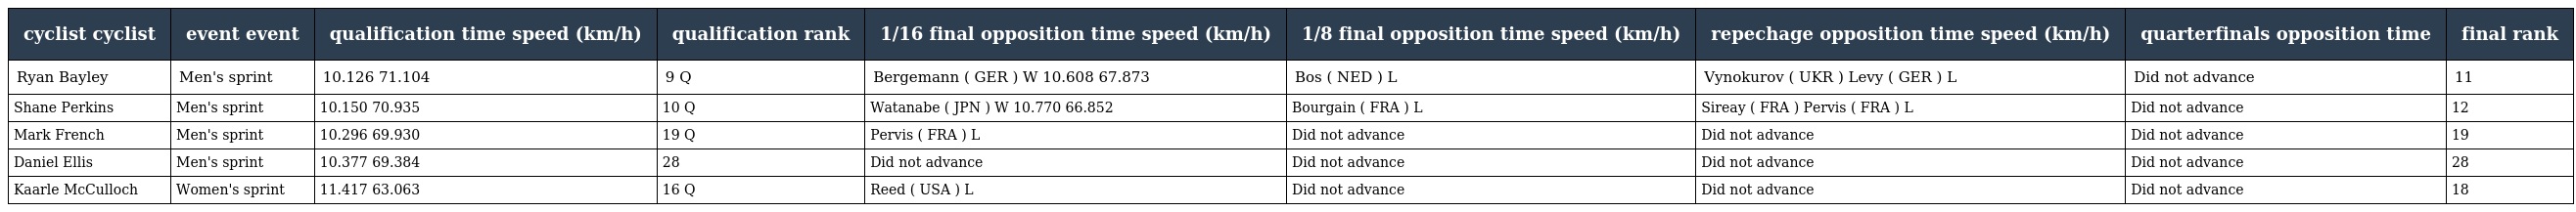
| cyclist cyclist | event event | qualification time speed (km/h) | qualification rank | 1/16 final opposition time speed (km/h) | 1/8 final opposition time speed (km/h) | repechage opposition time speed (km/h) | quarterfinals opposition time | final rank |
 | --- | --- | --- | --- | --- | --- | --- | --- | --- |
 | Ryan Bayley | Men's sprint | 10.126 71.104 | 9 Q | Bergemann ( GER ) W 10.608 67.873 | Bos ( NED ) L | Vynokurov ( UKR ) Levy ( GER ) L | Did not advance | 11 |
 | Shane Perkins | Men's sprint | 10.150 70.935 | 10 Q | Watanabe ( JPN ) W 10.770 66.852 | Bourgain ( FRA ) L | Sireay ( FRA ) Pervis ( FRA ) L | Did not advance | 12 |
 | Mark French | Men's sprint | 10.296 69.930 | 19 Q | Pervis ( FRA ) L | Did not advance | Did not advance | Did not advance | 19 |
 | Daniel Ellis | Men's sprint | 10.377 69.384 | 28 | Did not advance | Did not advance | Did not advance | Did not advance | 28 |
 | Kaarle McCulloch | Women's sprint | 11.417 63.063 | 16 Q | Reed ( USA ) L | Did not advance | Did not advance | Did not advance | 18 |